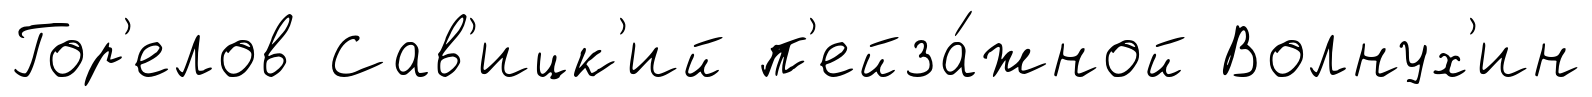
Гор'елов Сав'ицк'ий п'ейза́жной Волнух'ин